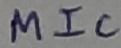
Text: MIC